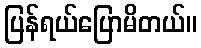
ပြန်ရယ်ပြောမိတယ်။